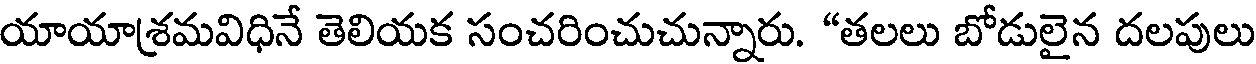
యాయాశమవిధినే తెలియక సంచరించుచున్నారు. "తలలు బోడులైన దలపులు